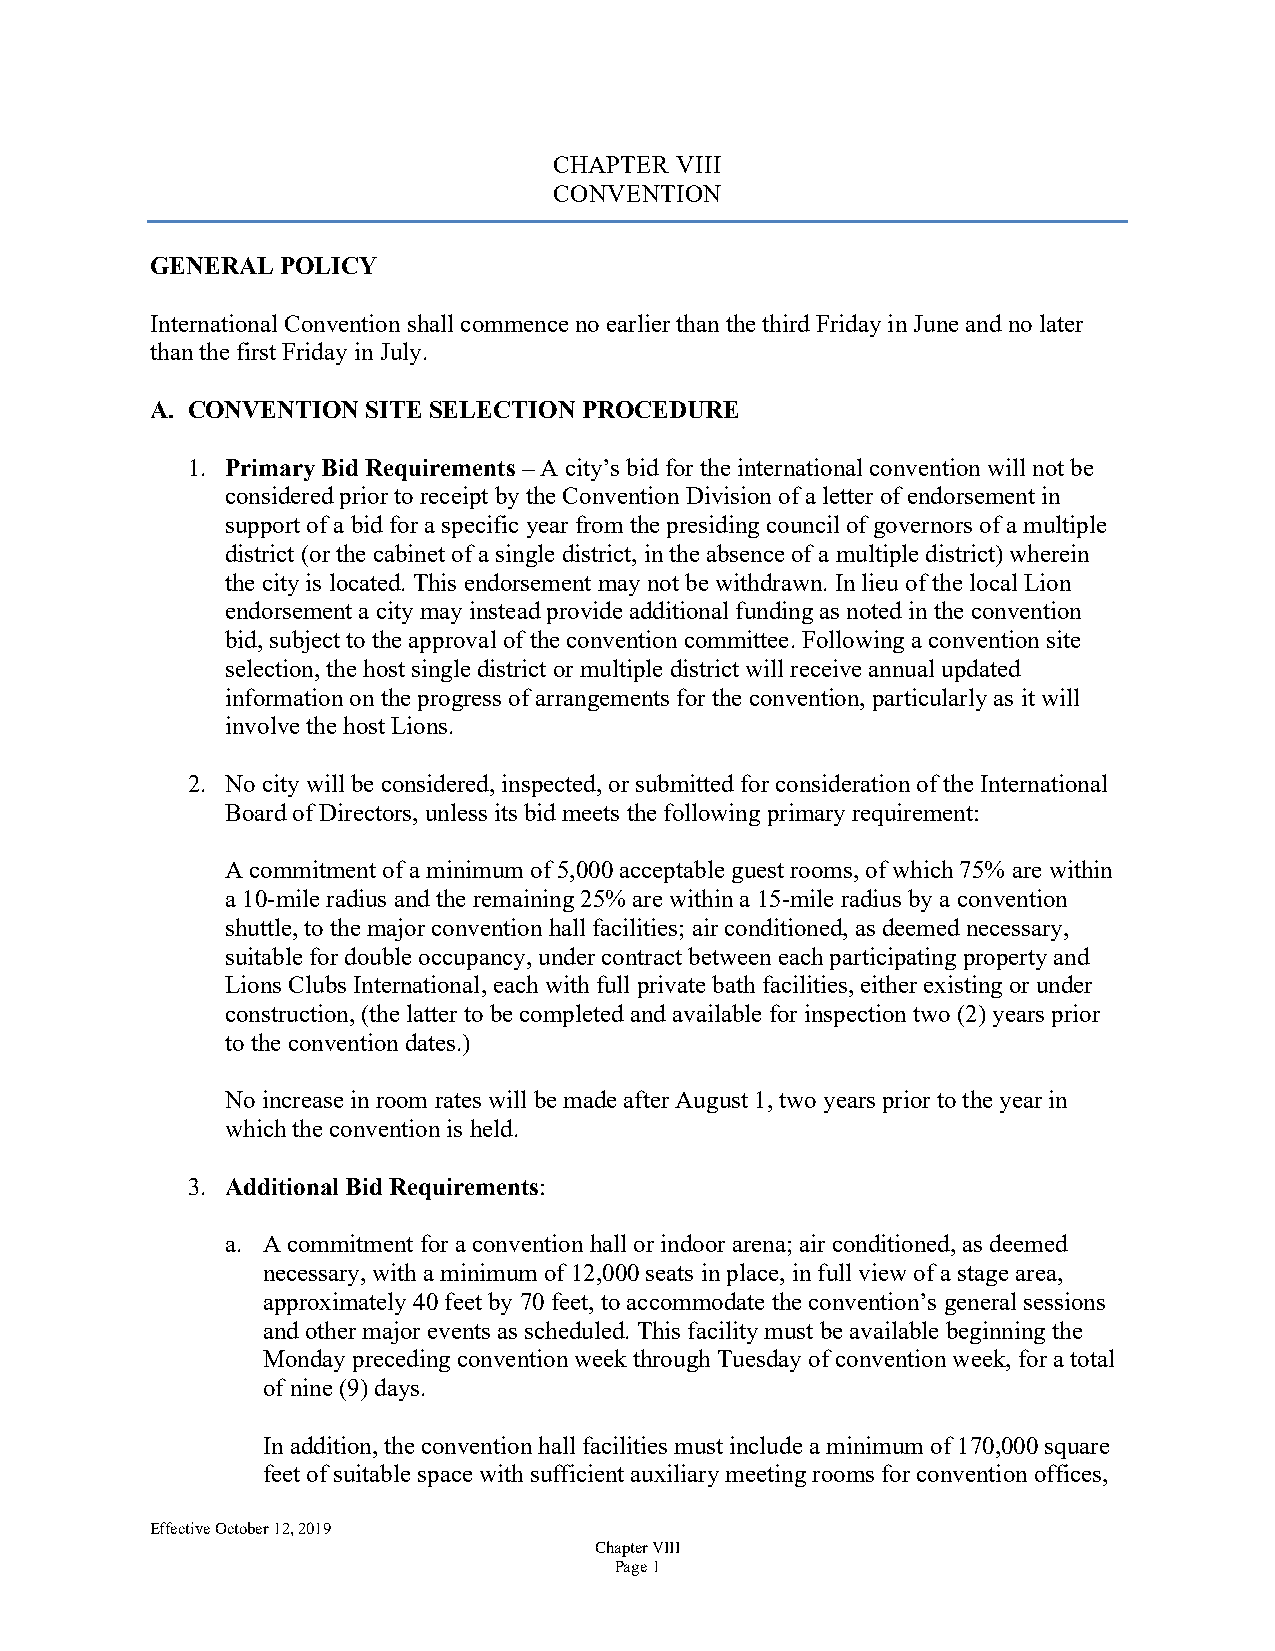
CHAPTER VIII
 CONVENTION
 GENERAL  POLICY
 International Convention shall commence no earlier than the third Friday in June and no later
 than the first Friday in July.
 A. CONVENTION SITE SELECTION PROCEDURE
 1. Primary Bid Requirements – A city’s bid for the international convention will not be
 considered prior to receipt by the Convention Division of a letter of endorsement in
 support of a bid for a specific year from the presiding council of governors of a multiple
 district (or the cabinet of a single district, in the absence of a multiple district) wherein
 the city is located. This endorsement may not be withdrawn. In lieu of the local Lion
 endorsement a city may instead provide additional funding as noted in the convention
 bid, subject to the approval of the convention committee. Following a convention site
 selection, the host single district or multiple district will receive annual updated
 information on the progress of arrangements for the convention, particularly as it will
 involve the host Lions.
 2. No city will be considered, inspected, or submitted for consideration of the International
 Board of Directors, unless its bid meets the following primary requirement:
 A commitment of a minimum of 5,000 acceptable guest rooms, of which 75% are within
 a 10-mile radius and the remaining 25% are within a 15-mile radius by a convention
 shuttle, to the major convention hall facilities; air conditioned, as deemed necessary,
 suitable for double occupancy, under contract between each participating property and
 Lions Clubs International, each with full private bath facilities, either existing or under
 construction, (the latter to be completed and available for inspection two (2) years prior
 to the convention dates.)
 No increase in room rates will be made after August 1, two years prior to the year in
 which the convention is held.
 3. Additional Bid Requirements:
 a. A commitment for a convention hall or indoor arena; air conditioned, as deemed
 necessary, with a minimum of 12,000 seats in place, in full view of a stage area,
 approximately 40 feet by 70 feet, to accommodate the convention’s general sessions
 and other major events as scheduled. This facility must be available beginning the
 Monday preceding convention week through Tuesday of convention week, for a total
 of nine (9) days.
 In addition, the convention hall facilities must include a minimum of 170,000 square
 feet of suitable space with sufficient auxiliary meeting rooms for convention offices,
 Effective October 12, 2019
 Chapter VIII
 Page 1